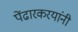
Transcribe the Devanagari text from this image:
पेंढारकरयांनी